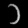
Digit: ၁